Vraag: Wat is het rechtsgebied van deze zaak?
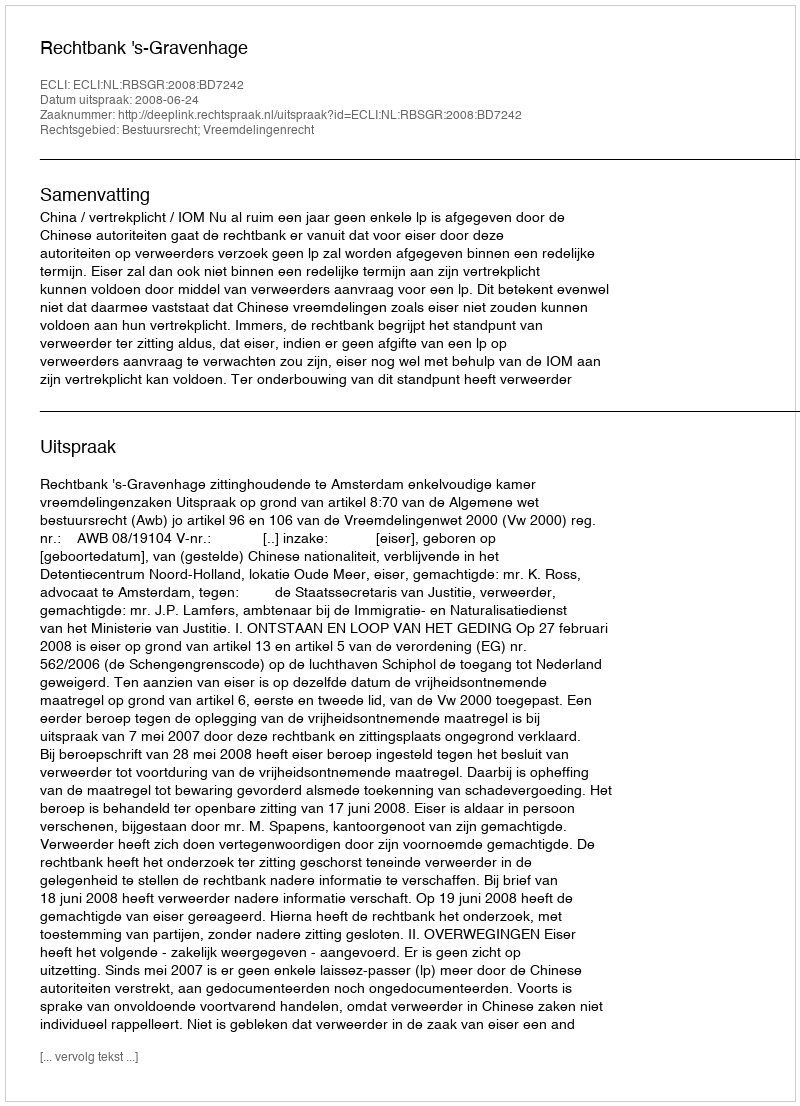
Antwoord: Bestuursrecht; Vreemdelingenrecht